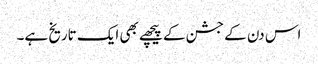
اس دن کے جشن کے پیچھے بھی ایک تاریخ ہے۔